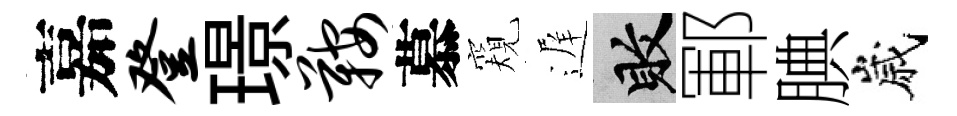
嘉登璟鞍慕窺遅敗鄆腆嵗